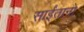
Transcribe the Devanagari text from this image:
साईंतानो